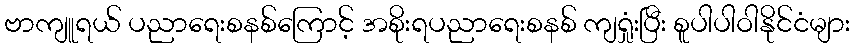
ဗာကျူရယ် ပညာရေးစနစ်ကြောင့် အစိုးရပညာရေးစနစ် ကျရှုံးပြီး စူပါပါဝါနိုင်ငံများ